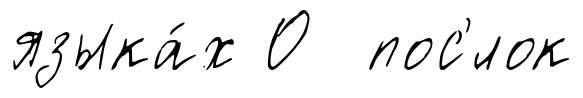
языка́х О пос'́лок